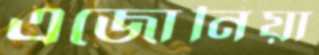
এজোনিয়া